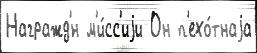
Награжд'́н м'и́сс'иjи Он п'ехо́тнаjа